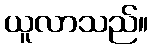
ယူလာသည်။